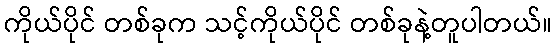
ကိုယ်ပိုင် တစ်ခုက သင့်ကိုယ်ပိုင် တစ်ခုနဲ့တူပါတယ်။